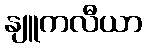
နျူကလီယာ